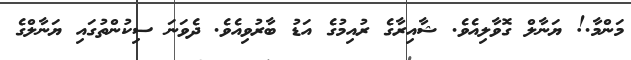
މަންމާ.! ޔަނާލް ގޮވާލިއެވެ. ޝާއިރާގެ ރުއިމުގެ އަޑު ބާރުވިއެވެ. ދެވަނަ ސިކުންތުގައި ޔަނާލްގެ